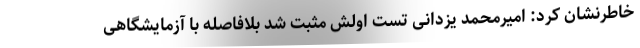
خاطرنشان کرد: امیرمحمد یزدانی تست اولش مثبت شد بلافاصله با آزمایشگاهی